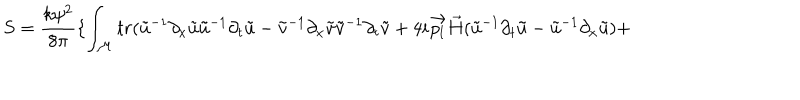
S = \frac { k \psi ^ { 2 } } { 8 \pi } \{ \int _ { \cal M } t r ( \tilde { u } ^ { - 1 } \partial _ { x } \tilde { u } \tilde { u } ^ { - 1 } \partial _ { t } \tilde { u } - \tilde { v } ^ { - 1 } \partial _ { x } \tilde { v } \tilde { v } ^ { - 1 } \partial _ { t } \tilde { v } + 4 i \vec { p _ { l } } \vec { H } ( \tilde { u } ^ { - 1 } \partial _ { t } \tilde { u } - \tilde { u } ^ { - 1 } \partial _ { x } \tilde { u } ) +